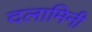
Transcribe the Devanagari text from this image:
दलामिनी